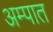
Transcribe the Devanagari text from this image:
अम्पात